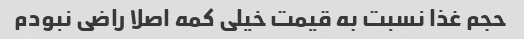
حجم غذا نسبت به قیمت خیلی کمه اصلا راضی نبودم